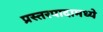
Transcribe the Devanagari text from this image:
प्रस्तरपादामध्ये